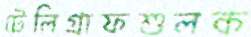
টেলিগ্রাফশুলক